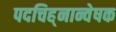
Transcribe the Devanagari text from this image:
पदचिह्‌नान्वेषक